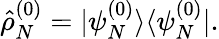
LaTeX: \hat{\rho}_{N}^{(0)}=|\psi_{N}^{(0)}\rangle\langle\psi_{N}^{(0)}|.